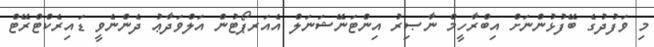
މި ވަފުދުގެ ބޭފުޅުންނަށް އިބްރާހީމް ނާޞިރު އިންޓަނޭޝަނަލް އެއަރޕޯޓުން އަލްވަދާޢު ދެންނެވީ ޑައިރެކްޓްރޭޓް